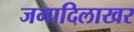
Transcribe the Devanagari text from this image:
जमादिलाखर